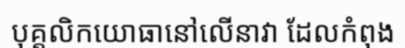
បុគ្គលិកយោធានៅលើនាវា ដែលកំពុង